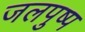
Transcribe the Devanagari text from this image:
जलपुष्प